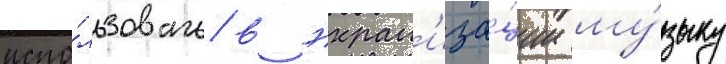
испо́льзовать в экран'иза́ции му́зыку